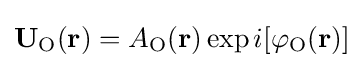
\mathbf {U_{\text{O}}} (\mathbf {r} )=A_{\text{O}}(\mathbf {r} )\exp {i[\varphi _{\text{O}}(\mathbf {r} )]}